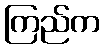
ကြည်က